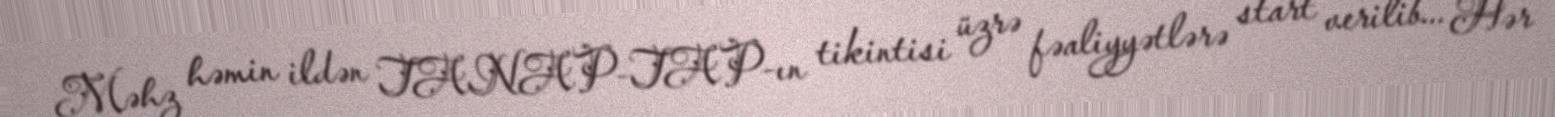
Məhz həmin ildən TANAP-TAP-ın tikintisi üzrə fəaliyyətlərə start verilib... Hər